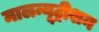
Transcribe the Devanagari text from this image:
मालन्यूट्रीशन